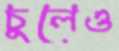
চুলেও